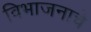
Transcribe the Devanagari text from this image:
विभाजनाचे